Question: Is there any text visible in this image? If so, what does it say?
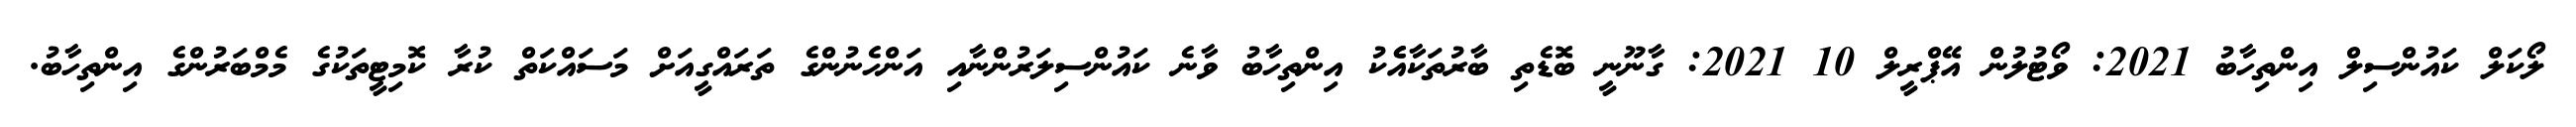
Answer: ލޯކަލް ކައުންސިލް އިންތިހާބު 2021: ވޯޓުލުން އޭޕްރީލް 10 2021: ގާނޫނީ ބޮޑެތި ބާރުތަކާއެެކު އިންތިހާބު ވާނެ ކައުންސިލަރުންނާއި އަންހެނުންގެ ތަރައްގީއަށް މަސައްކަތް ކުރާ ކޮމިޓީތަކުގެ މެމްބަރުންގެ އިންތިހާބު.